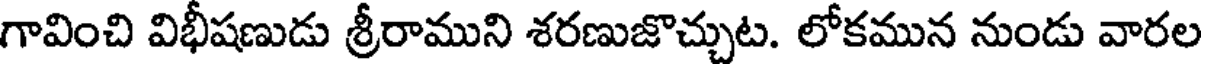
గావించి విభీషణుడు శ్రీరాముని శరణుజొచ్చుట. లోకమున నుండు వారల